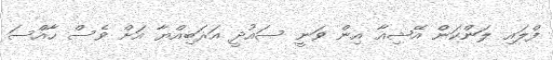
ފްލައި ލަންކަން އޭޝިއާ އިން ވަނީ ސައުދީ އަރަބިއްޔާ އަށް ވެސް ހާއްސަ